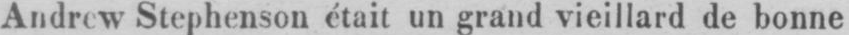
Andrew Stephenson était un grand vieillard de bonne